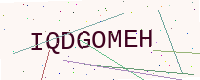
Text: IQDGOMEH